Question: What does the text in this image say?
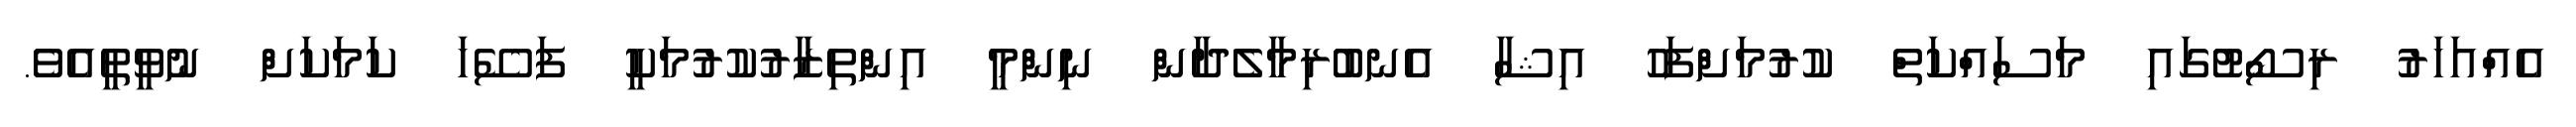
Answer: އެއްއަހަރު ރިސޯޓުގައި މަސައްކަތް ކުރުމަށްފަހު އިޝާ އެނބުރިމާލެދާން ނިންމީ އިންތިޒާރުކުރުމަކީ ފަސޭހަ ކަމަކަށް ނުވީތީއެވެ.